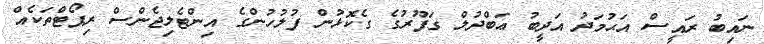
ނައިބު ރައީސް އަޙުމަދު އަދީބު ޢަބްދުލް ގަފޫރުގެ ގެކޮޅުން ފުލުހުންގެ އިންޓެލިޖެންސް ރިޕޯޓްތަކެއް